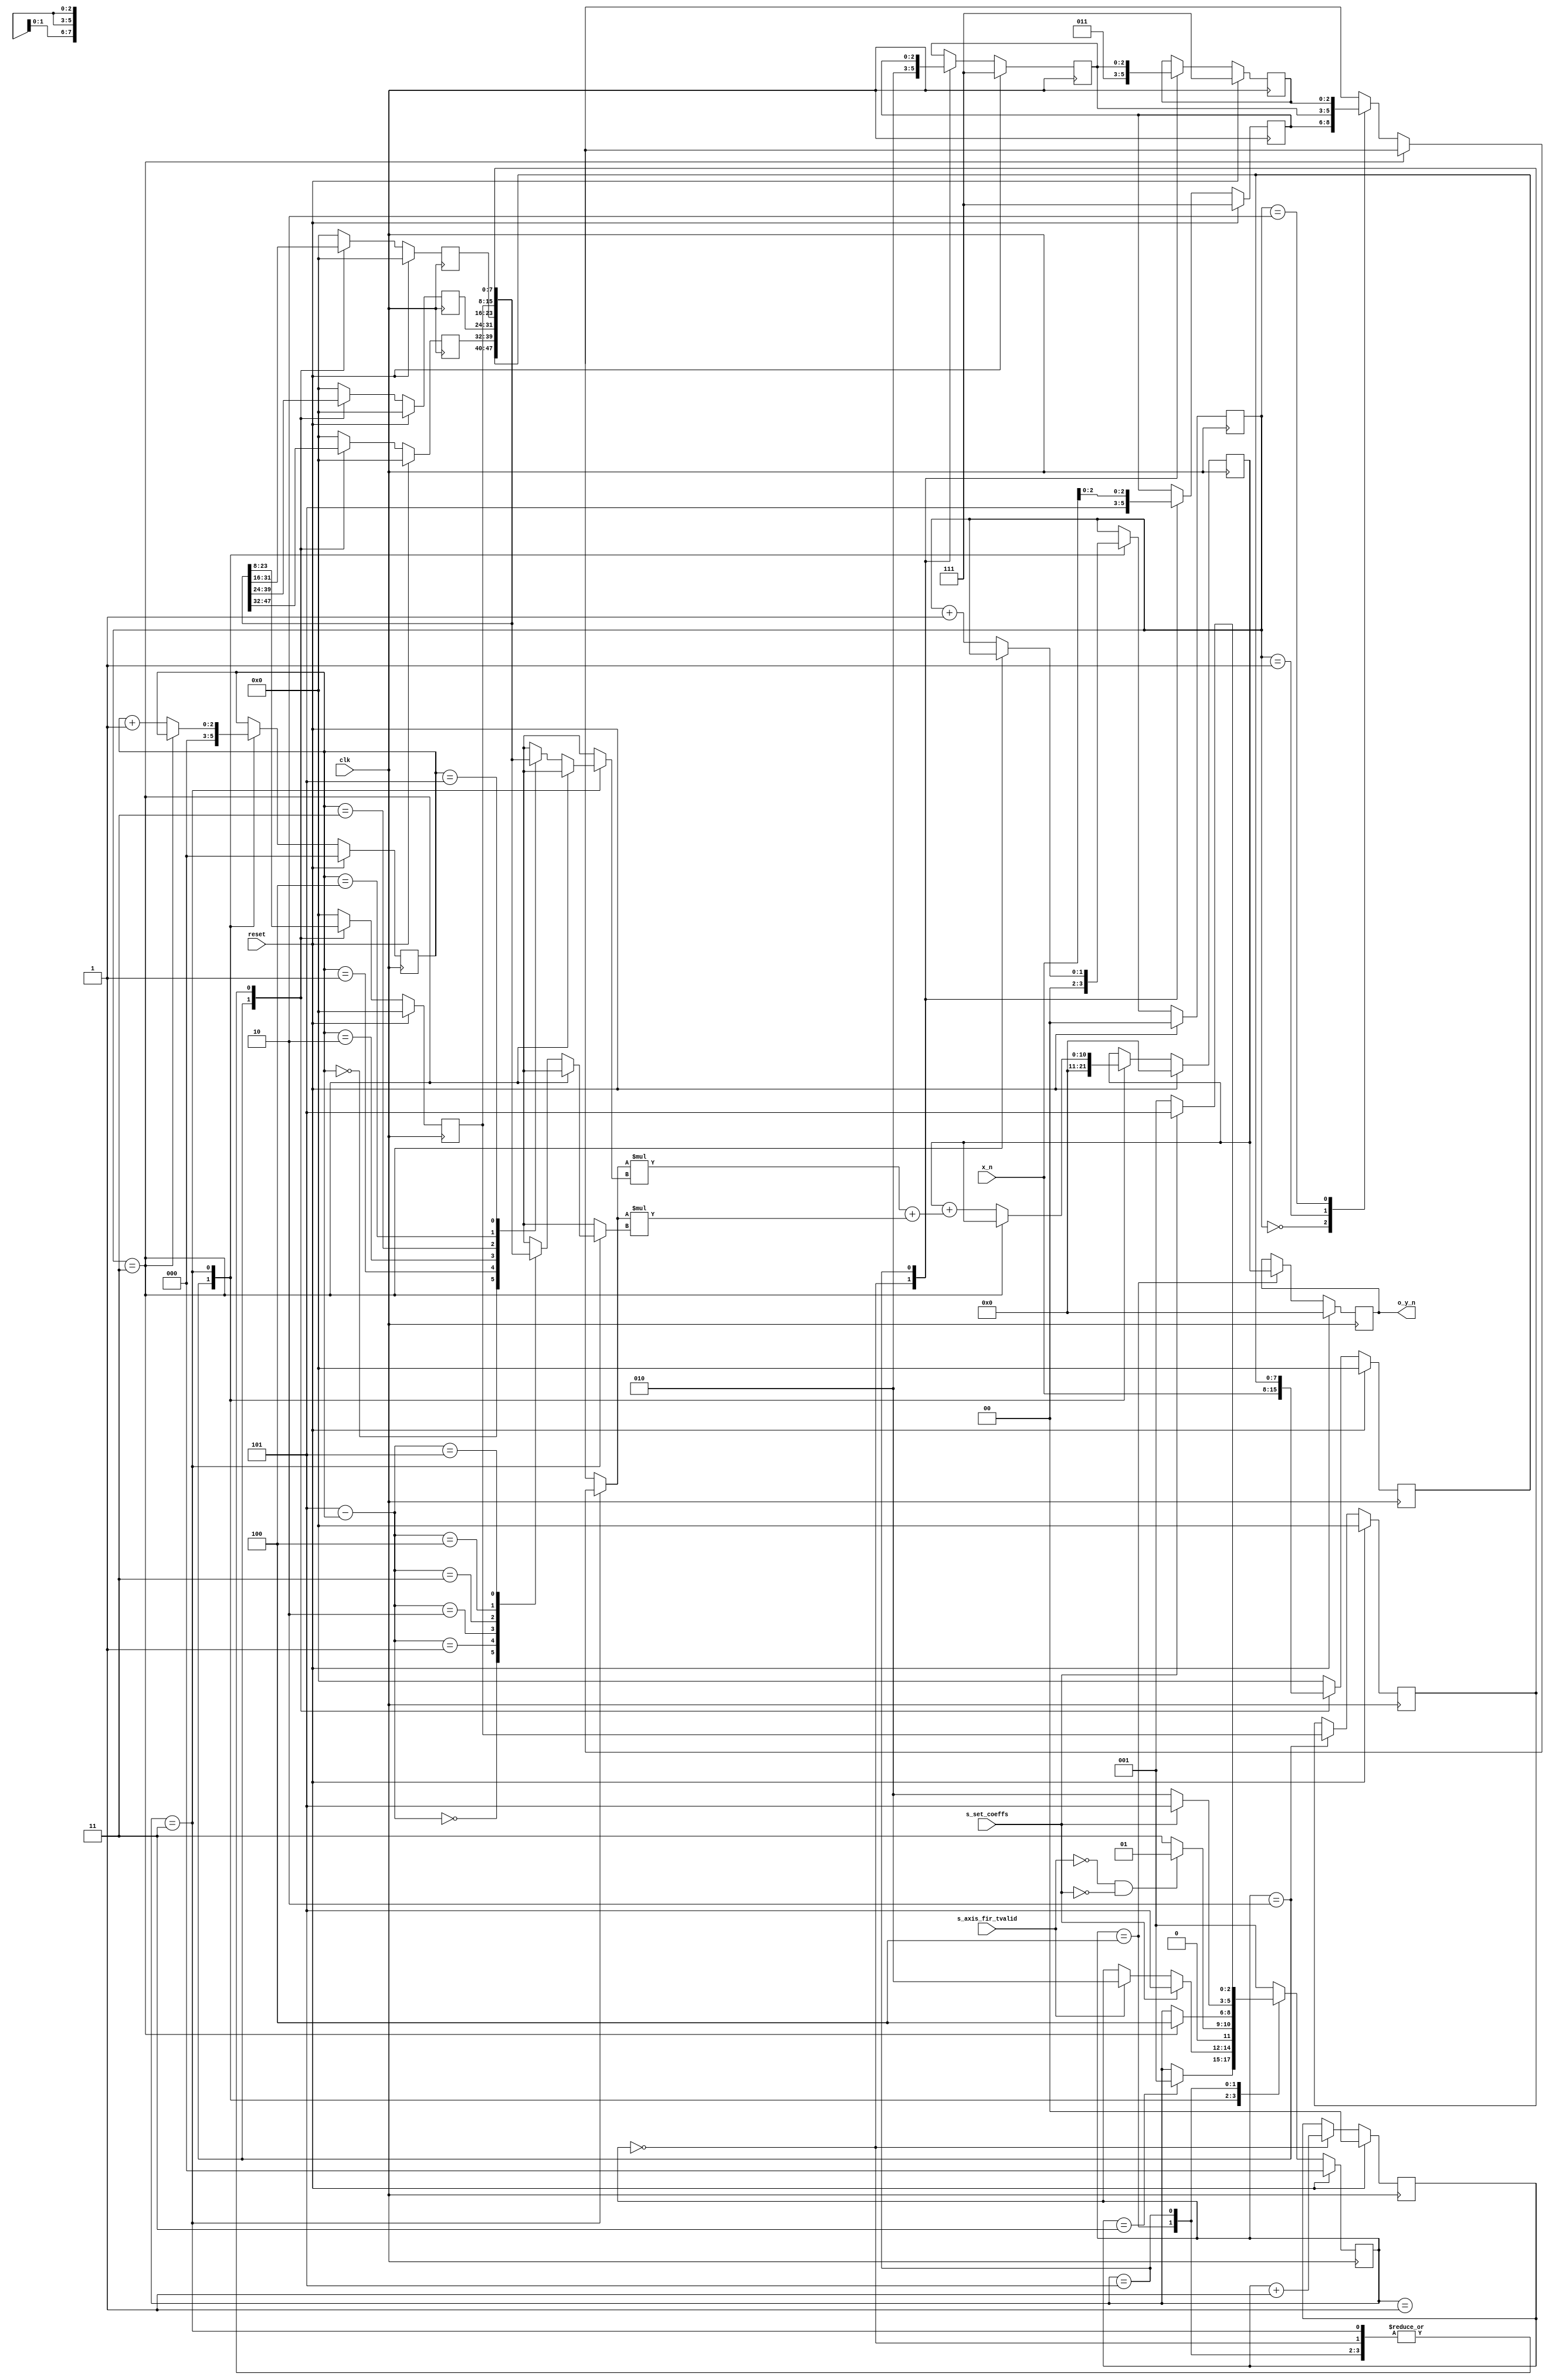
`timescale 1ns / 1ps

`default_nettype none

`ifndef __FIR_MAIN
`define __FIR_MAIN



module fir_main #(
	parameter TAP_SIZE = 3,
	parameter NBR_OF_TAPS = 3,
	parameter X_N_SIZE = 8,
	parameter Y_N_SIZE = 11 //TAP_SIZE + X_N_SIZE minimum
) (
    input clk,
    input reset,
    input signed [X_N_SIZE-1:0] x_n, 
    input s_axis_fir_tvalid,
    input s_set_coeffs,
    output wire signed [Y_N_SIZE-1:0] o_y_n
    );


    parameter BUFF_SIZE = NBR_OF_TAPS*2; //only store one half of the impulse response because FIR Filter have a symmetric one
    reg signed [TAP_SIZE-1:0] taps [0:NBR_OF_TAPS-1];
    reg signed [X_N_SIZE-1:0] buffs [0:BUFF_SIZE-1];
    
    reg signed [TAP_SIZE-1:0] new_taps [0:NBR_OF_TAPS-1];
    reg signed [X_N_SIZE-1:0] new_buffs [0:BUFF_SIZE-1];
    
    reg signed [Y_N_SIZE-1:0] new_y_n;
    reg signed [Y_N_SIZE-1:0] y_n;
    
    reg signed [Y_N_SIZE-1:0] new_act_y_n;
    reg signed [Y_N_SIZE-1:0] act_y_n;
    
    
    reg [1:0] cnt_setup;
    reg [1:0] new_cnt_setup;
    
    reg [1:0] cnt_tap;
    reg [1:0] new_cnt_tap;
    
    reg [2:0] cnt_buff;
    reg [2:0] new_cnt_buff;
    

    reg [2:0] next_state, state;
 
    //states for statemachine
    localparam SETUP        = 3'b000;
    localparam IDLE         = 3'b001;
    localparam GET_DATA     = 3'b010;
    localparam CALC         = 3'b011;
    localparam SET_OUTPUT   = 3'b100;
    localparam CONFIG       = 3'b101;
    
     
    
    integer e;
    integer r;
    always @ (posedge clk) begin
	
    		if(reset == 1'b1) begin
    			//setting defined states and values when reset
    			state <= SETUP; 
    			cnt_setup <= 2'b00;
    			cnt_tap <= 2'b00;
    			cnt_buff <= 3'b000;
    			y_n <= {Y_N_SIZE{1'b0}};
    			act_y_n <= {Y_N_SIZE{1'b0}};
    			
    			for (e =0; e<(NBR_OF_TAPS); e = e + 1) begin
				taps[e] <= {TAP_SIZE{1'b1}};
			end
			
			for (r =0; r<(BUFF_SIZE); r = r + 1) begin
				buffs[r] <= {X_N_SIZE{1'b0}};
			end
    		end
    		else begin
    			//update 
    			state <= next_state;
    			cnt_setup <= new_cnt_setup;
    			y_n <= new_y_n;
    			cnt_tap <= new_cnt_tap;
    			cnt_buff <= new_cnt_buff;
    			act_y_n <= new_act_y_n;
    			
    			for (e =0; e<(NBR_OF_TAPS); e = e + 1) begin
				taps[e] <= new_taps[e];
			end
			
			for (r =0; r<(BUFF_SIZE); r = r + 1) begin
				buffs[r] <= new_buffs[r];
			end
			
			
    		end
    end
    			
    integer i;    	
    integer j;
    integer w;
    always @* begin
    
    	next_state = state;
    	new_cnt_setup = cnt_setup;
    	new_cnt_tap = cnt_tap;
	new_cnt_buff = cnt_buff;
	new_y_n = y_n;
	new_act_y_n = act_y_n;
    	
    	for (w =0; w<(BUFF_SIZE); w = w + 1) begin
		new_buffs[w] = buffs[w];
	end
	
	for (w =0; w<(NBR_OF_TAPS); w = w + 1) begin
		new_taps[w] = taps[w];
	end
	
	
    
    	case (state)
    	    //initial state -> sets FIR Filter taps to initial values
    	    SETUP: begin
    	    	if(cnt_setup == 2'b11) begin
    	    		next_state = IDLE;
    	    	end
    	    	
    	    	new_cnt_setup = cnt_setup + 2'b01;
    	    	
    	    	new_taps[0] = 3'b101;
		new_taps[1] = 3'b010;
		new_taps[2] = 3'b011;
		
    	    
    	    end
    	    
    	    //waits for command to fetch filter input data or new fir filter configuration data
            IDLE: begin
		if (s_axis_fir_tvalid == 1'b1) begin
			next_state = GET_DATA;
		end
		
		if (s_set_coeffs == 1'b1) begin
			next_state = CONFIG;
		end
		
		for (w =0; w<(BUFF_SIZE-1); w = w + 1) begin
			new_buffs[w] = {X_N_SIZE{1'b0}}; //reset buffer 
		end
		
		
		
            end
            
            //fetch data from input and store it in filter buffer
            GET_DATA: begin           
            	new_cnt_tap = 2'b00;
    		new_cnt_buff = 3'b000;
    		new_y_n = {Y_N_SIZE{1'b0}};
            	
            
            	if (s_axis_fir_tvalid == 1'b0 && s_set_coeffs == 1'b0) begin
            		next_state = IDLE;
            	end else begin
            		next_state = CALC;
            	end
            	
            	
            	
            	new_buffs[0] = x_n;
	        for (j =0; j<(BUFF_SIZE-1); j = j + 1) begin
			new_buffs[j+1] = buffs[j];
		end
		
 
            end 
            
            //calculate the fir filter output
            //this uses the trick of the symmetric property of the FIR Filter
            //one filter tap is used twice. This reduces memory consumption
            CALC: begin
            
            	if (cnt_tap == 2'b11) begin
            		next_state = SET_OUTPUT;
            	end else begin
		    	new_y_n = y_n + (taps[cnt_tap]*buffs[cnt_buff]+taps[cnt_tap]*buffs[(BUFF_SIZE-1)-new_cnt_buff]);
		    	
		    	new_cnt_tap = cnt_tap + 2'b1;
		    	new_cnt_buff = cnt_buff + 2'b1;
            	end

            end
            
            //set calculated fir filter output value to output pin
            //the output remains the same till this state is reentered
            SET_OUTPUT: begin
            	
            	new_act_y_n = y_n;
            	if (s_set_coeffs == 1'b0) begin
            		next_state = GET_DATA;
            	end else begin
            		next_state = CONFIG;
            	end
            	
            
            end
            
            //config new tap values for the FIR Filters
            CONFIG: begin
            	if (s_set_coeffs == 1'b0) begin
                	next_state = IDLE;
                end else begin
                	next_state = CONFIG;
                end
                
                new_taps[0] = x_n[TAP_SIZE-1:0];
		
		
		for (i =1; i<(NBR_OF_TAPS); i = i + 1) begin
			new_taps[i] = taps[i-1]; //shift the taps - see daisy chain
		end
            end
            
            default: begin
		next_state = IDLE;
		for (w =0; w<(BUFF_SIZE-1); w = w + 1) begin
			new_buffs[w] = {X_N_SIZE{1'b0}};
		end
		end
        endcase
        
        
    end
    
    

    assign o_y_n = act_y_n; //wire to output
    
    
    
endmodule


`endif